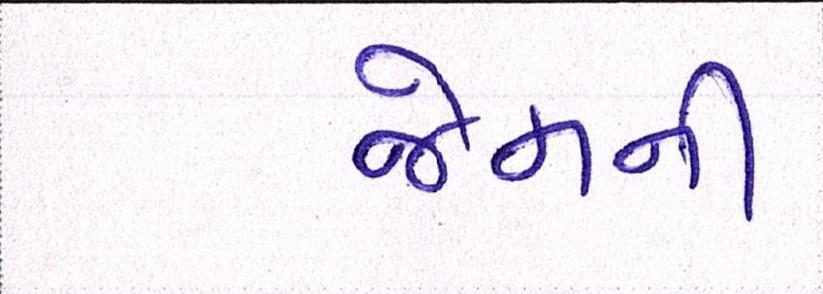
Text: જેમની